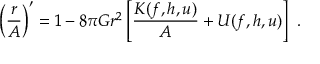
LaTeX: \left( \frac r A \right) ^ { \prime } = 1 - 8 \pi G r ^ { 2 } \left[ \frac { { \cal K } ( f , h , u ) } A + { \cal U } ( f , h , u ) \right] \ .